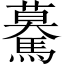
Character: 驀